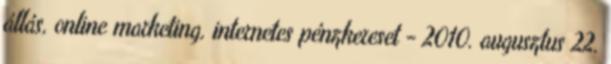
állás, online marketing, internetes pénzkereset - 2010. augusztus 22.